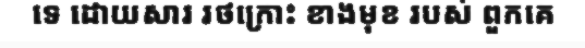
ទេ ដោយសារ រថក្រោះ ខាងមុខ របស់ ពួកគេ